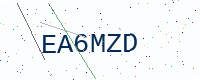
Text: EA6MZD